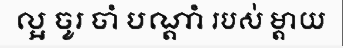
ល្អ ចូរ ចាំ បណ្តាំ របស់ ម្តាយ